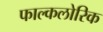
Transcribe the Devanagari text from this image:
फाल्कलोरिक